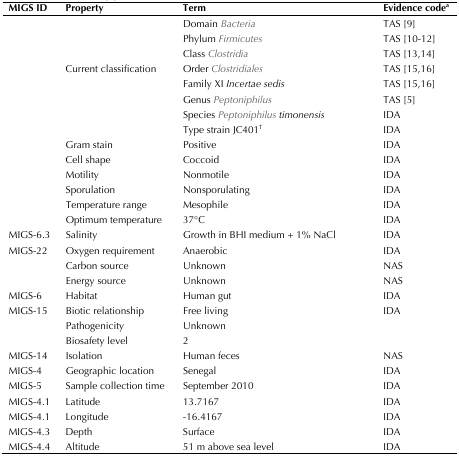
| MIGS ID | Property | Term | Evidence codea |
 | --- | --- | --- | --- |
 |  |  | Domain Bacteria | TAS [9] |
 |  |  | Phylum Firmicutes | TAS [10-12] |
 |  |  | Class Clostridia | TAS [13,14] |
 |  | Current classification | Order Clostridiales | TAS [15,16] |
 |  |  | Family XI Incertae sedis | TAS [15,16] |
 |  |  | Genus Peptoniphilus | TAS [5] |
 |  |  | Species Peptoniphilus timonensis | IDA |
 |  |  | Type strain JC401T | IDA |
 |  | Gram stain | Positive | IDA |
 |  | Cell shape | Coccoid | IDA |
 |  | Motility | Nonmotile | IDA |
 |  | Sporulation | Nonsporulating | IDA |
 |  | Temperature range | Mesophile | IDA |
 |  | Optimum temperature | 37°C | IDA |
 | MIGS-6.3 | Salinity | Growth in BHI medium + 1% NaCl | IDA |
 | MIGS-22 | Oxygen requirement | Anaerobic | IDA |
 |  | Carbon source | Unknown | NAS |
 |  | Energy source | Unknown | NAS |
 | MIGS-6 | Habitat | Human gut | IDA |
 | MIGS-15 | Biotic relationship | Free living | IDA |
 | MIGS-14 | PathogenicityBiosafety levelIsolation | Unknown2Human feces | NAS |
 | MIGS-4 | Geographic location | Senegal | IDA |
 | MIGS-5 | Sample collection time | September 2010 | IDA |
 | MIGS-4.1 | Latitude - | 13.7167 | IDA |
 | MIGS-4.1 | Longitude | -16.4167 | IDA |
 | MIGS-4.3 | Depth | Surface | IDA |
 | MIGS-4.4 | Altitude | 51 m above sea level | IDA |